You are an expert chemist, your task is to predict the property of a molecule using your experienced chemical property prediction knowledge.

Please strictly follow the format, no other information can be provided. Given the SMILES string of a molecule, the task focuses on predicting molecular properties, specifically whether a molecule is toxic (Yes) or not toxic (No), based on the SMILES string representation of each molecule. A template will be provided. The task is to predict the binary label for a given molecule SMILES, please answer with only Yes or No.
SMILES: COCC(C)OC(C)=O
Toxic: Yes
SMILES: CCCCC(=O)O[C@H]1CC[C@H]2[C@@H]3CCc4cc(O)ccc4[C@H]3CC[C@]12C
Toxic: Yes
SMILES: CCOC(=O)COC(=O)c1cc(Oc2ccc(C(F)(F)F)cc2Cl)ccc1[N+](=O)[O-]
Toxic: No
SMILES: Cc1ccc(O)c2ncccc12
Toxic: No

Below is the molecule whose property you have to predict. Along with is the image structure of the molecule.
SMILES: CC[C@H]1O[C@]2(CC[C@@H]1C)C[C@@H]1C[C@@H](CC=C(C)C[C@@H](C)C=CC=C3CO[C@@H]4[C@H](O)C(C)=C[C@@H](C(=O)O1)[C@]34O)O2
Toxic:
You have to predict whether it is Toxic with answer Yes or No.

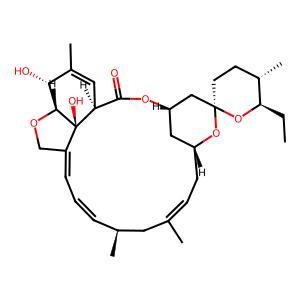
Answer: No